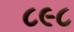
૮૯૮